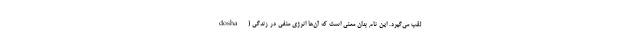
dosha) لقب می‌گیرد. این نام بدان معنی است که آن‌ها انرژی منفی در زندگی